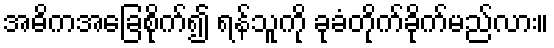
အဓိကအခြေစိုက်၍ ရန်သူကို ခုခံတိုက်ခိုက်မည်လား။